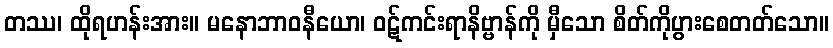
တဿ၊ ထိုရဟန်းအား။ မနောဘာဝနီယော၊ ဝဋ်ကင်းရာနိဗ္ဗာန်ကို မှီသော စိတ်ကိုပွားစေတတ်သော။